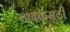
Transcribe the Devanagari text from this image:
मादळमुठी